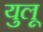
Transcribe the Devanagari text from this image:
युलू